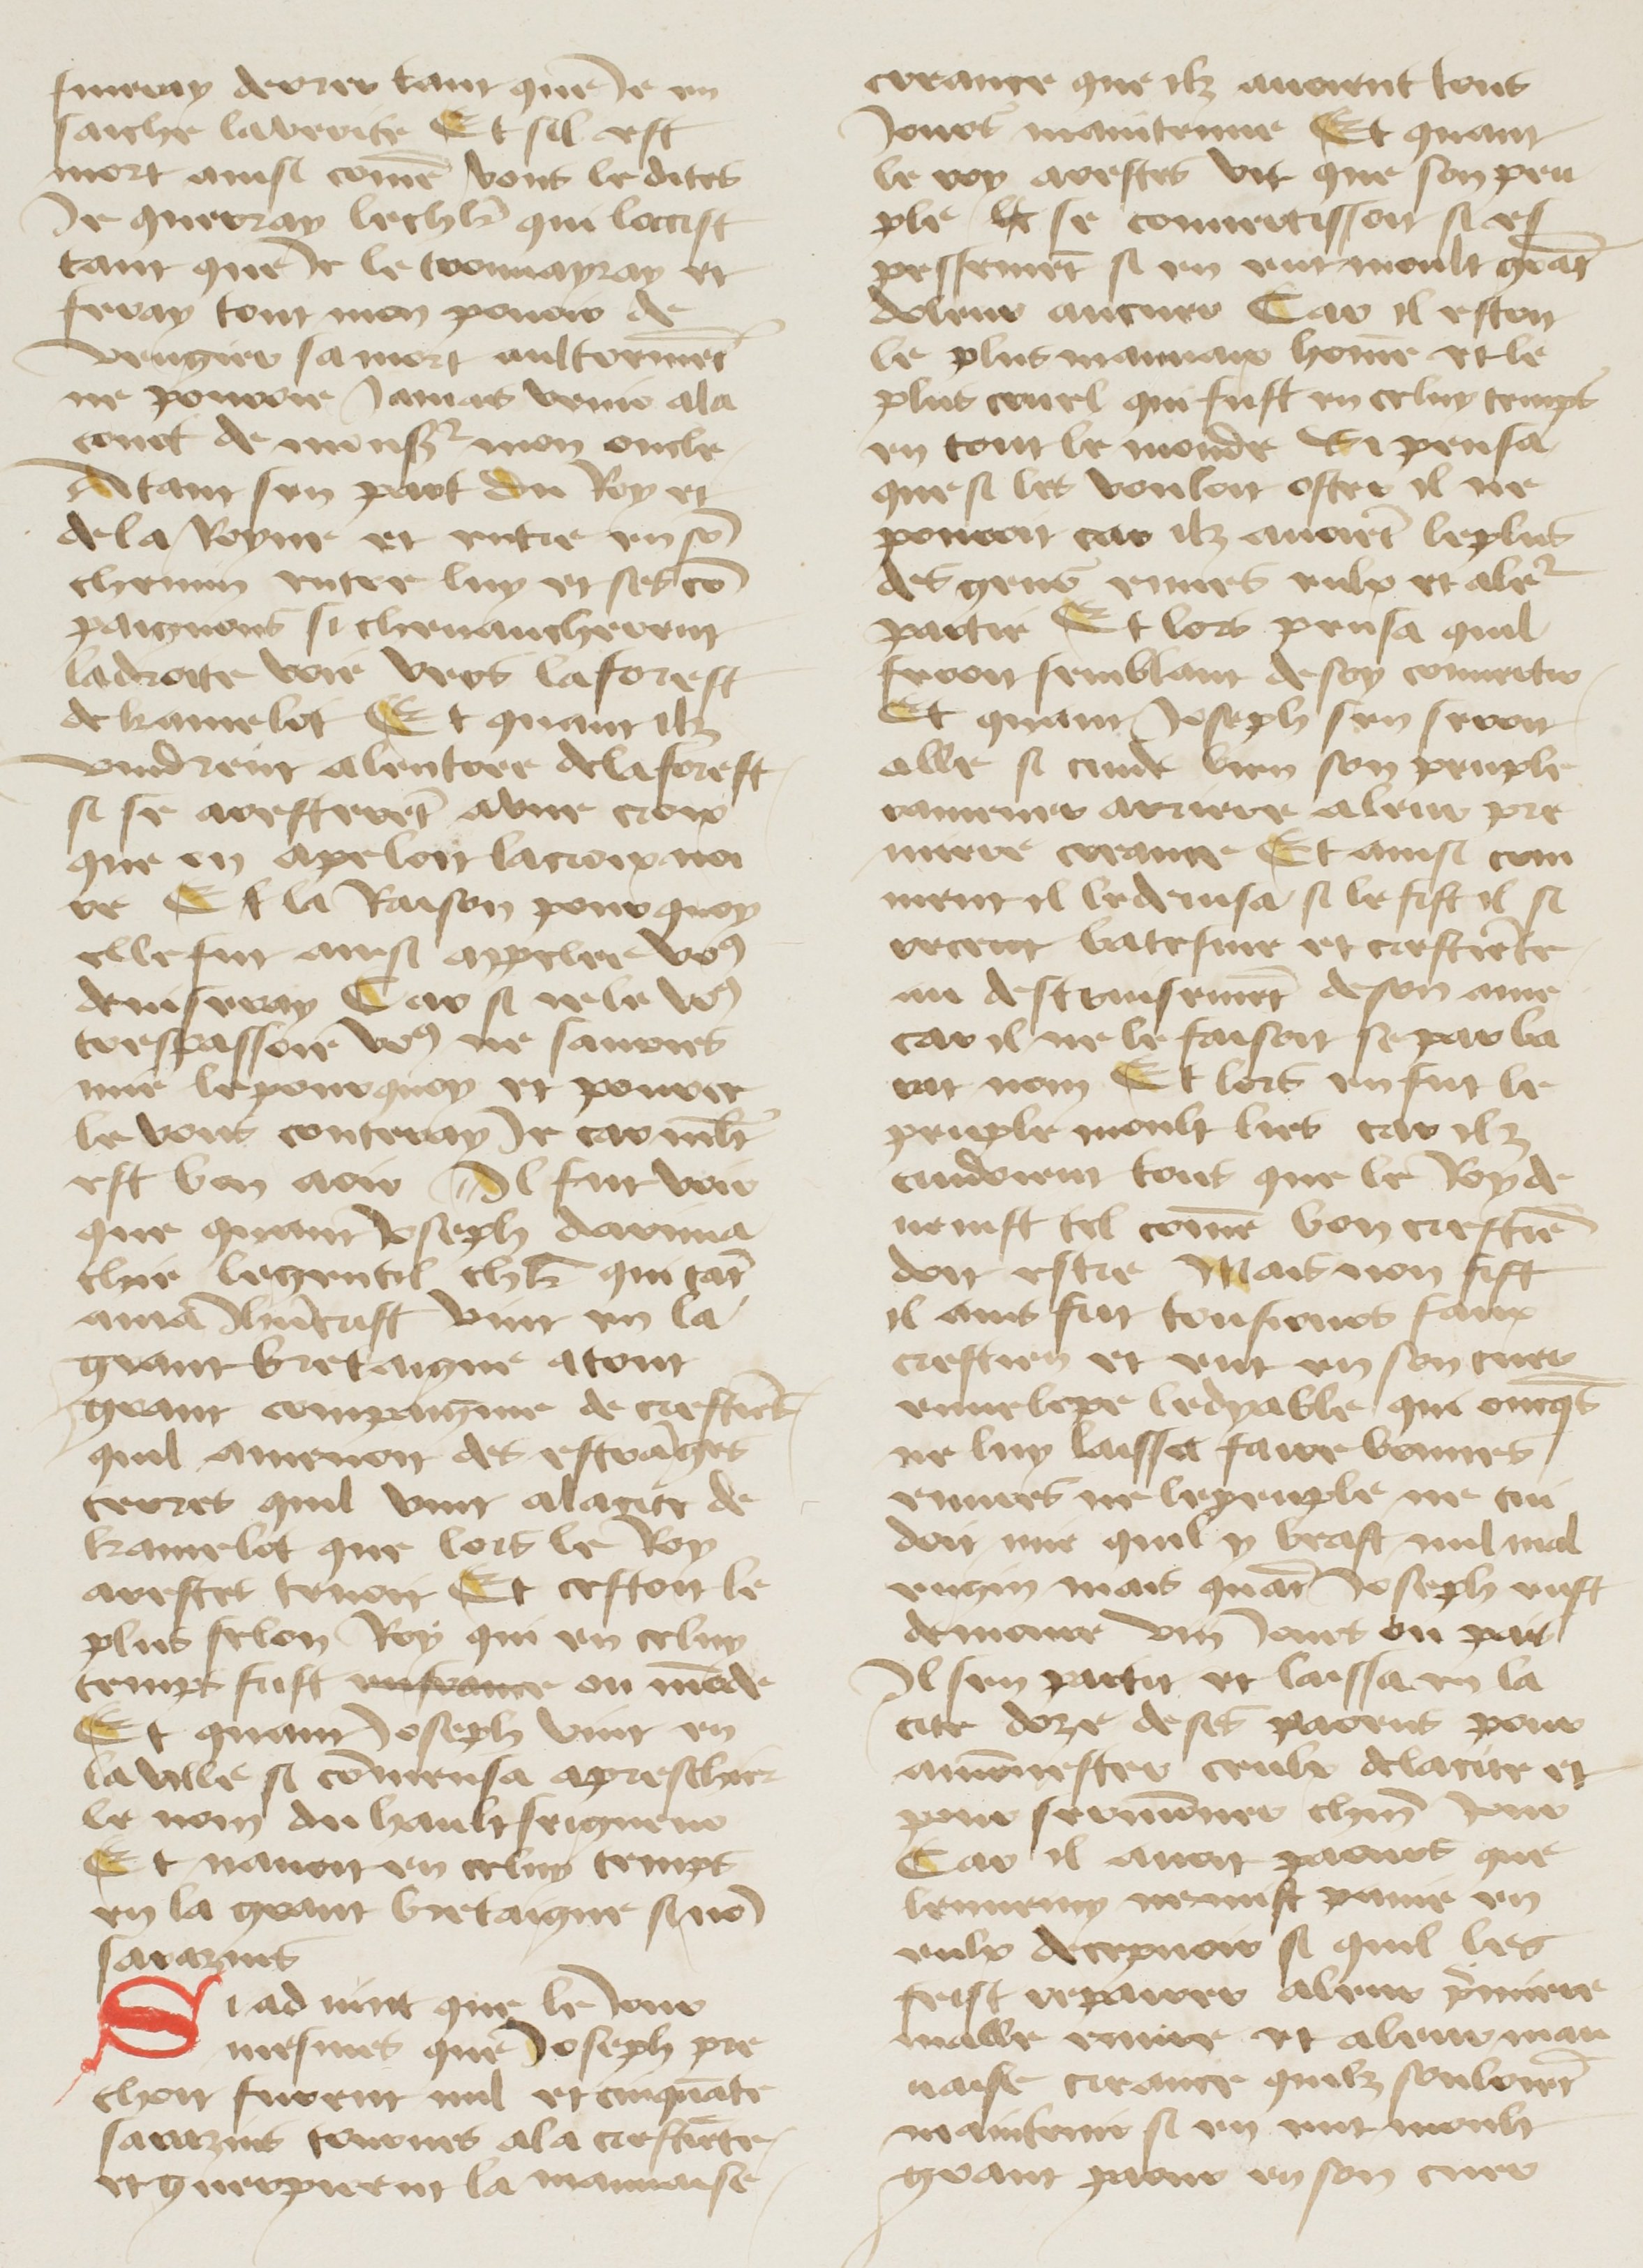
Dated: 1400–1499